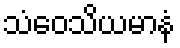
သံဝေသိယမာနံ